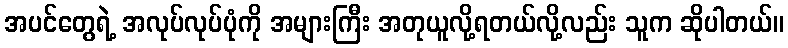
အပင်တွေရဲ့ အလုပ်လုပ်ပုံကို အများကြီး အတုယူလို့ရတယ်လို့လည်း သူက ဆိုပါတယ်။